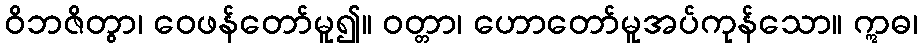
ဝိဘဇိတွာ၊ ဝေဖန်တော်မူ၍။ ဝတ္တာ၊ ဟောတော်မူအပ်ကုန်သော။ ဣဓ၊